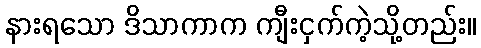
နားရသော ဒိသာကာက ကျီးငှက်ကဲ့သို့တည်း။